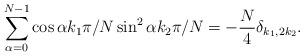
LaTeX: \begin{align*}\sum_{\alpha=0}^{N-1} \cos \alpha k_1 \pi/N \sin^2 \alpha k_2 \pi/N= - \frac{N}{4} \delta_{k_1,2k_2}. \end{align*}